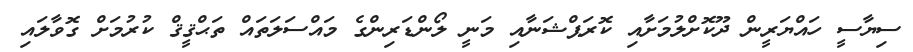
ސިޔާސީ ހައްޔަރީން ދޫކޮށްލުމަަށާއި ކޮރަޕްޝަނާއި މަނީ ލޯންޑަރިންގެ މައްސަލަތައް ތަޙްޤީޤް ކުރުމަށް ގޮވާލައި